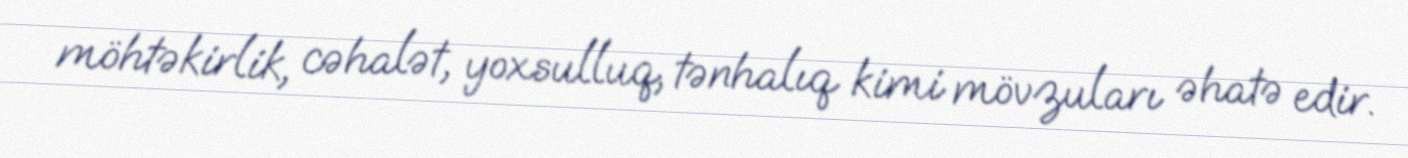
möhtəkirlik, cəhalət, yoxsulluq, tənhalıq kimi mövzuları əhatə edir.